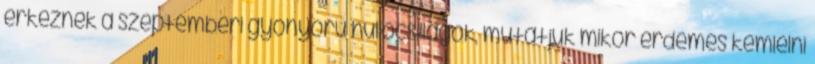
érkeznek a szeptemberi gyönyörű hullócsillagok, mutatjuk mikor érdemes kémlelni